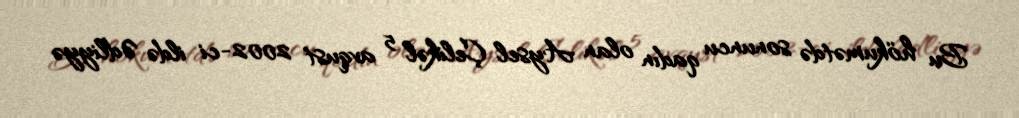
Bu hökumətdə sonuncu qadın olan Aysel Çelikəl 5 avqust 2002-ci ildə Ədliyyə